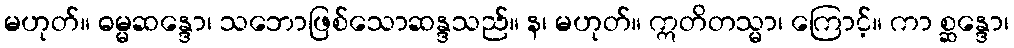
မဟုတ်။ ဓမ္မဆန္ဒော၊ သဘောဖြစ်သောဆန္ဒသည်။ န၊ မဟုတ်။ ဣတိတသ္မာ၊ ကြောင့်။ ကာ စ္ဆန္ဒော၊